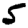
Digit: 5